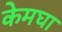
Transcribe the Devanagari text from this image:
केमघा